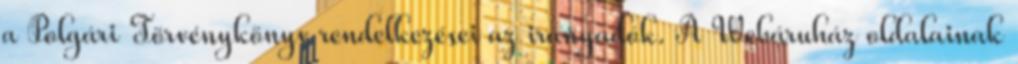
a Polgári Törvénykönyv rendelkezései az irányadók. A Webáruház oldalainak